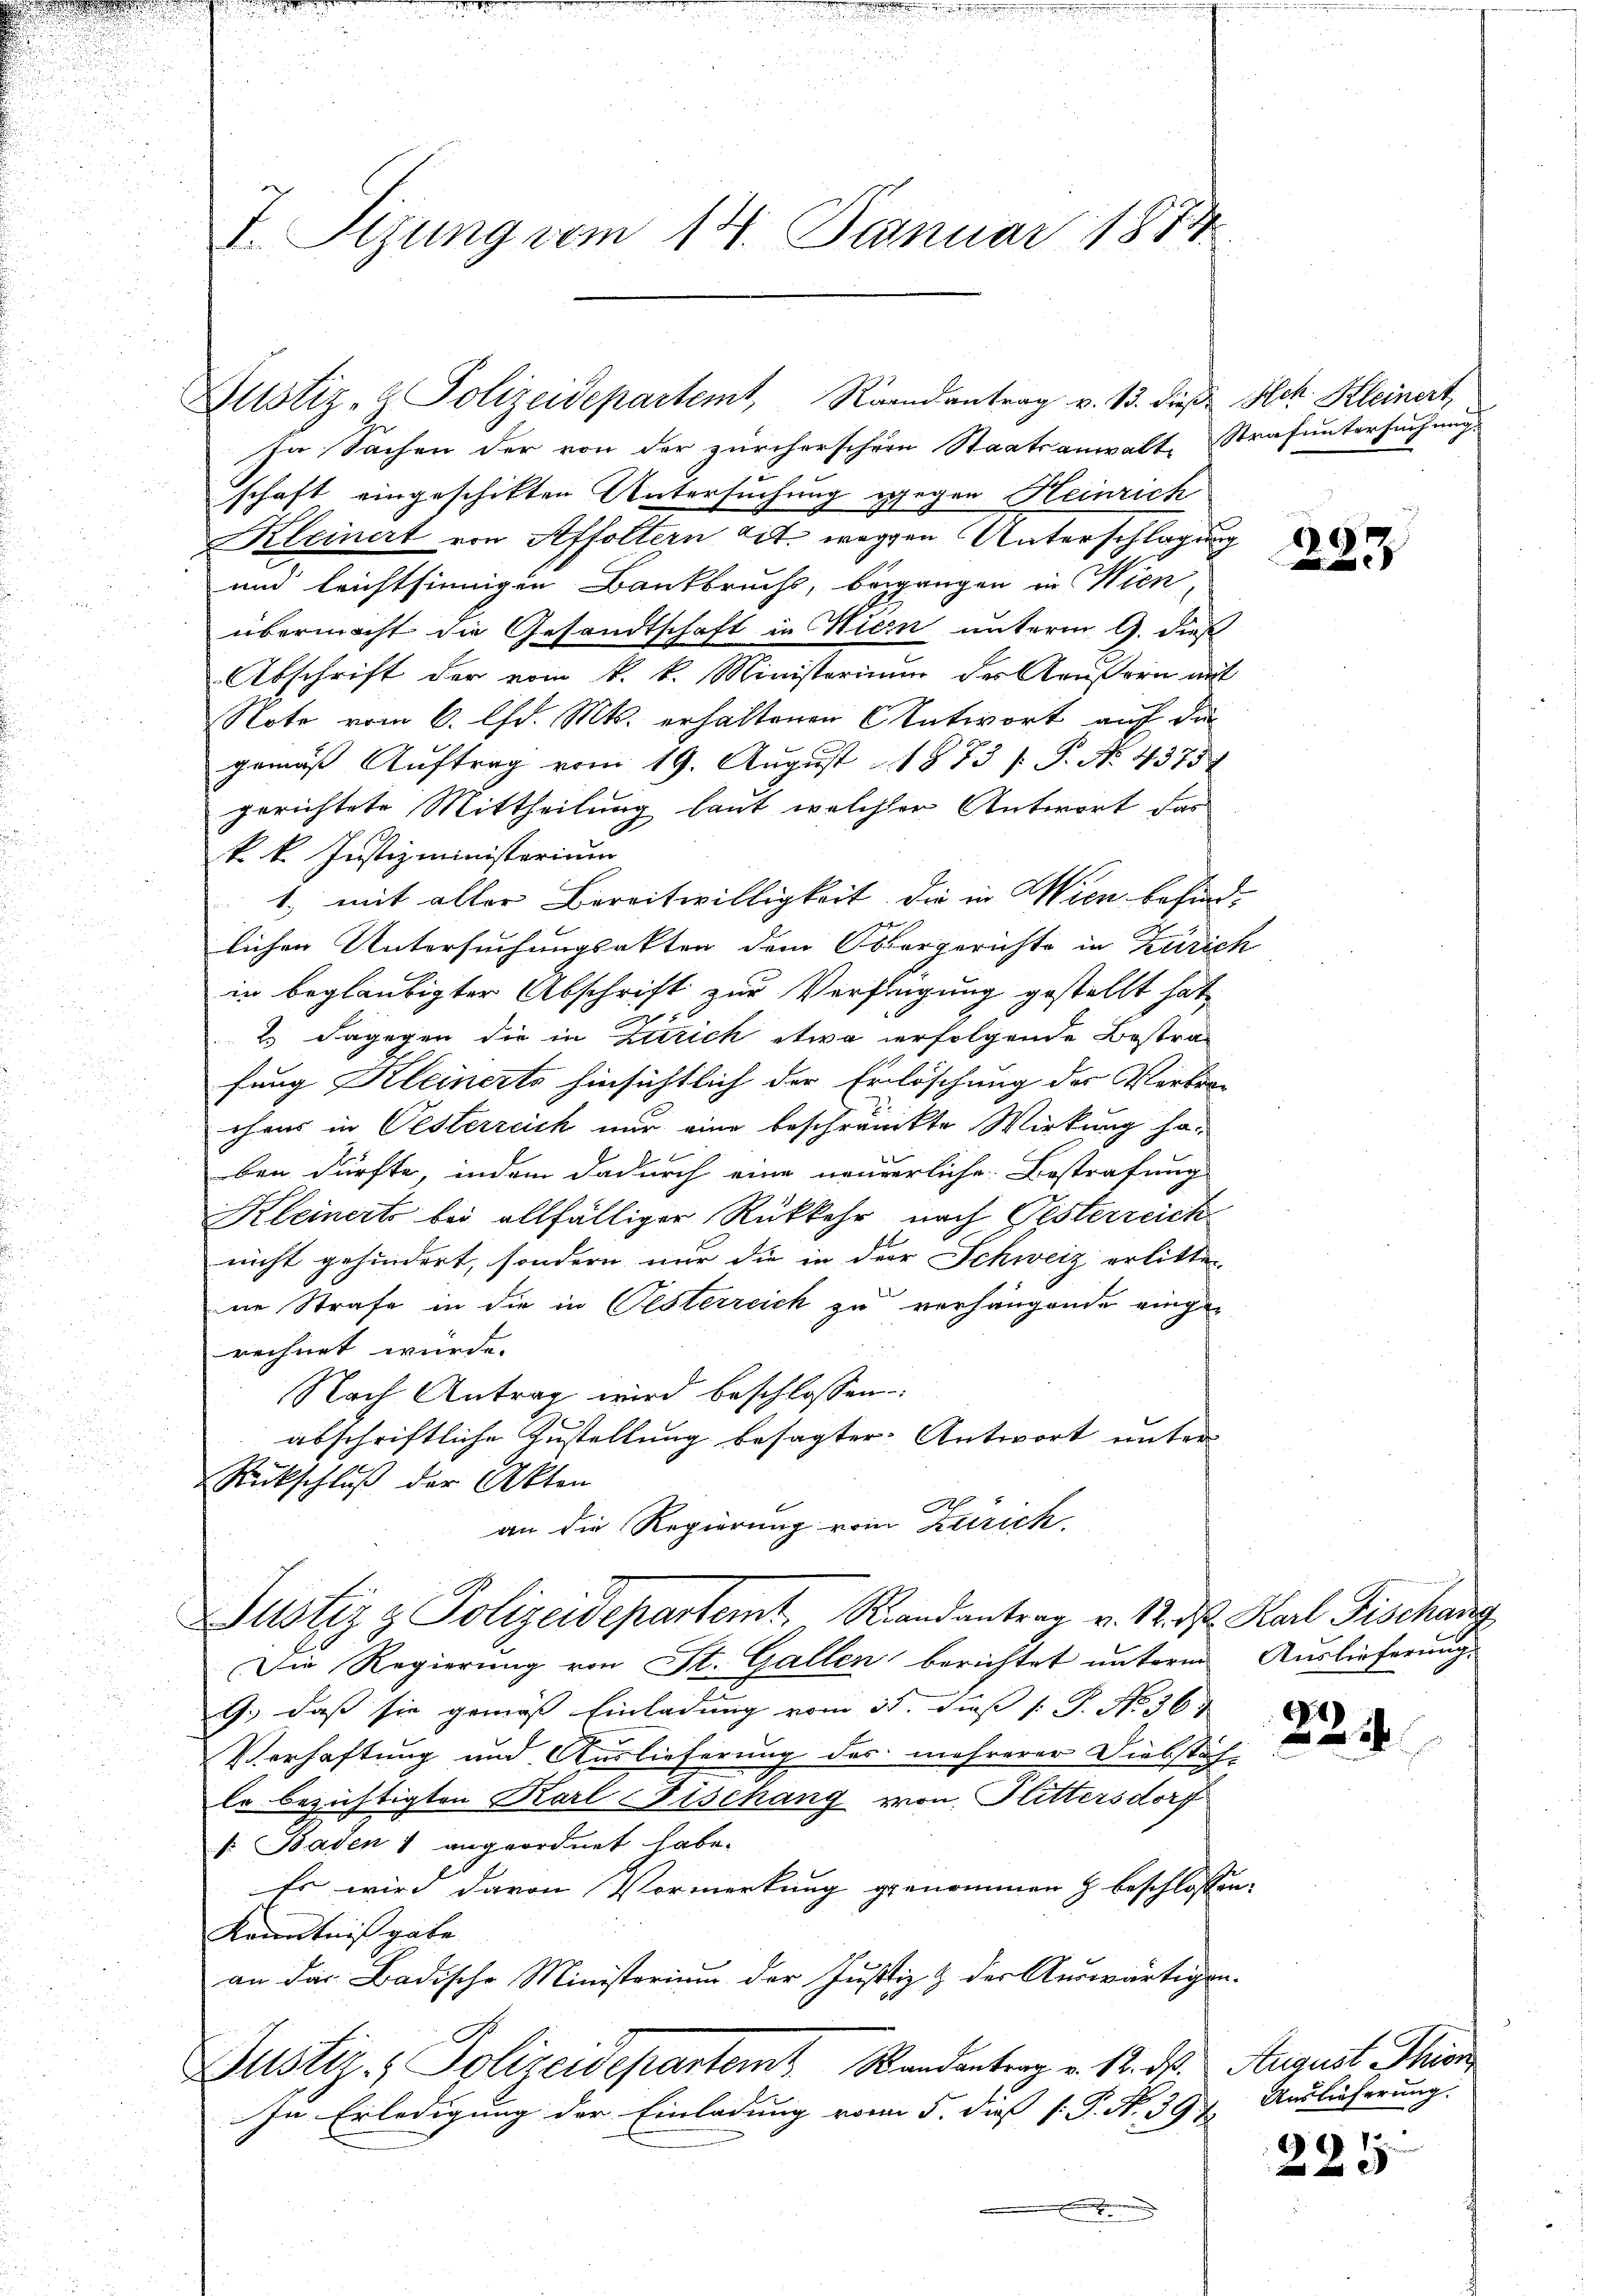
Justiz- & Polizeidepartemt, Randantrag v. 13. dieβ Hch. Kleinert

ja Sachen der von der zürcherschen Staatsanwalt Strafuntersuchung
schaft eingeschikten Untersuchung z
regen Heinrich
Kleinert von Affoltern alt. wegen Unterschlagung
und leichtsinnigen Bankbruchs, begangen in Wien,
übermacht die Gesandtschaft in Hiern unterm 9. dieß
Abschrift der vom k. k. Ministerium der Aeußern mit
Note vom 6. Chr. Mts. erhaltenen Antwort auf die
gemäß Auftrag vom 19. August 1873 /: P. No. 4375
gerichtete Mittheilung laut welcher Antwort das
k. k. Justizministerium
1. mit aller Bereitwilligkeit, die in Wien besind,
lichen Untersuchungsakten dem Obergerichte in Zürich
in beglaubigter Abschrift zur Verfügung gestellt hat,
 x
2 dagegen die in Zutrich etwa erfolgende Bestrafung Kleinerts hinsichtlich der Erlöschung der Verbro-
chens in Oesterreich nur eine beschränkte Wirkung haben dürfte, indem dadurch eine neuerliche Bestrafung
Kleinerts bei allfälliger Rückkehr nach Pesterreich
nicht gehindert, sondern nur die in der Schweiz erlitte
ne Strafe in die in Oesterreich zu verhängende eingerechnet wurde.
Nach Antrag wird beschlossen:
abschriftliche Zustellung besagter Antwort unter
Rückschluß der Akten
an die Regierung vom Zürich.
Justiz & Polizeidepartemt. Randantrag v. 12. ds. Karl Fischang
Die Regierung von St. Gallen berichtet unterm Auslieferung
9., daß sie gemäß Einladung vom 15. diß [: P. No 36.
Verhaftung und Auslieferung des mehrerer Diebstähl
lr bezichtigten Karl Fischang von Rittersdorf
v. Baden 1 angeordnet habe.
Er wird davon Vormerkung genommen & beschlossen,
Kenntnißgabe
an das Badische Ministerium der Justiz & der Auswärtigen-
Justiz- & Polizeidepartem Randantrag v. 12. ds. August Thier
In Erledigung der Einladung vom 5. daß P. N. 397. Auslieferung.

T. Sizung vom 14. Januar 1874

223

224

99 1